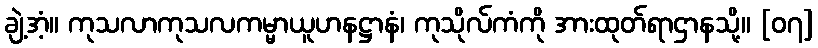
ချဲ့အံ့။ ကုသလာကုသလကမ္မာယူဟနဋ္ဌာနံ၊ ကုသိုလ်ကံကို အားထုတ်ရာဌာနသို့။ [၀၇]